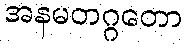
အနမတဂ္ဂတော